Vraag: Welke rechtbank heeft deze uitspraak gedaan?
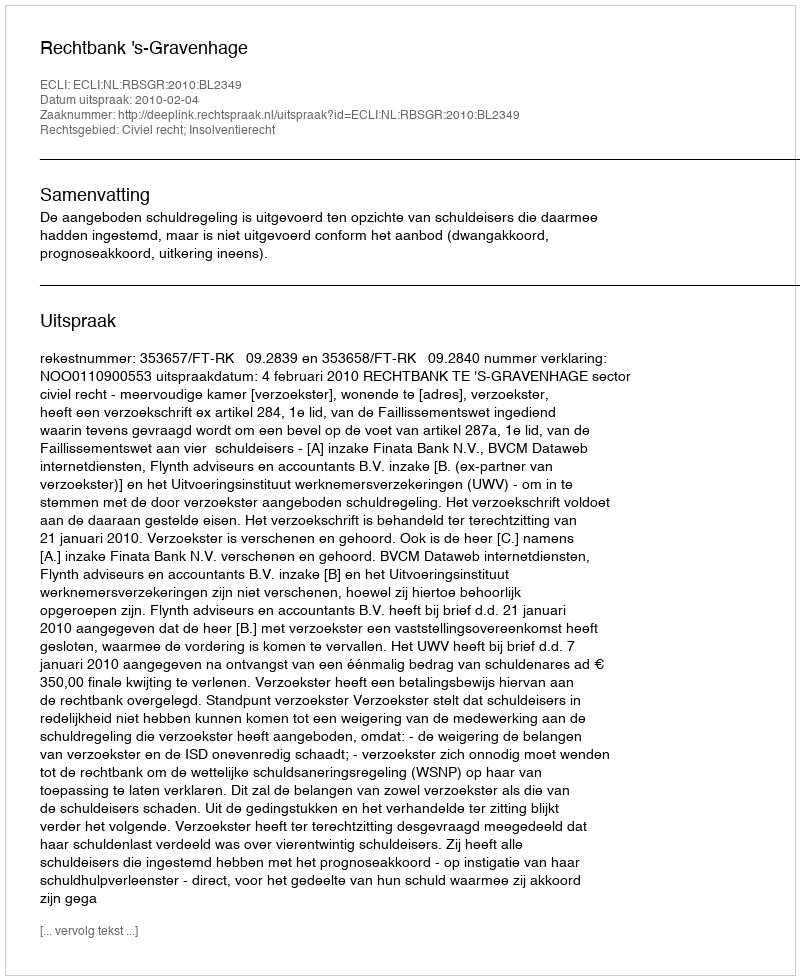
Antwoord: Rechtbank 's-Gravenhage